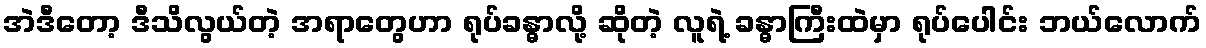
အဲဒီတော့ ဒီသိလွယ်တဲ့ အရာတွေဟာ ရုပ်ခန္ဓာလို့ ဆိုတဲ့ လူရဲ့ ခန္ဓာကြီးထဲမှာ ရုပ်ပေါင်း ဘယ်လောက်